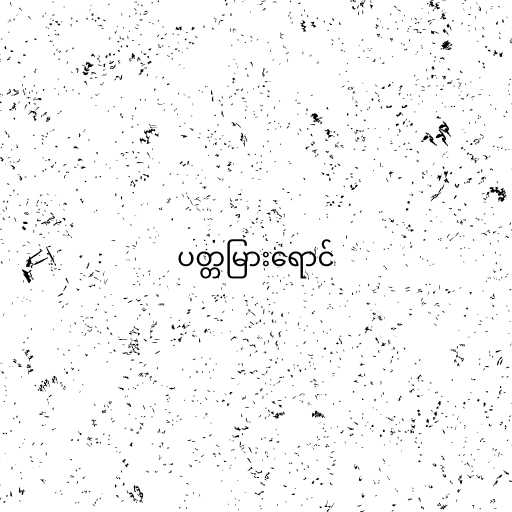
ပတ္တမြားရောင်